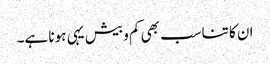
ان کا تناسب بھی کم و بیش یہی ہونا ہے۔